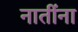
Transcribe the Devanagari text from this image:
नातींना